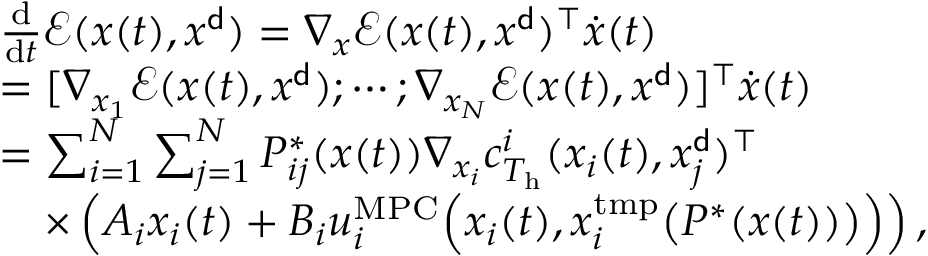
\begin{array} { r l } & { \frac { \mathrm { d } } { \mathrm { d } t } { \mathcal E } ( x ( t ) , x ^ { \sf d } ) = \nabla _ { x } { \mathcal E } ( x ( t ) , x ^ { \sf d } ) ^ { \top } \dot { x } ( t ) } \\ & { = [ \nabla _ { x _ { 1 } } { \mathcal E } ( x ( t ) , x ^ { \sf d } ) ; \cdots ; \nabla _ { x _ { N } } { \mathcal E } ( x ( t ) , x ^ { \sf d } ) ] ^ { \top } \dot { x } ( t ) } \\ & { = \sum _ { i = 1 } ^ { N } \sum _ { j = 1 } ^ { N } P _ { i j } ^ { * } ( x ( t ) ) \nabla _ { x _ { i } } c _ { T _ { \mathrm { h } } } ^ { i } ( x _ { i } ( t ) , x _ { j } ^ { \sf d } ) ^ { \top } } \\ & { \quad \times \left( A _ { i } x _ { i } ( t ) + B _ { i } u _ { i } ^ { \mathrm { M P C } } \Bigl ( x _ { i } ( t ) , x _ { i } ^ { \mathrm { t m p } } \bigl ( P ^ { * } ( x ( t ) ) \bigr ) \Bigr ) \right) , } \end{array}